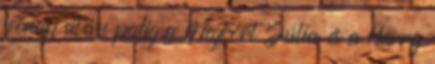
hónap után pedig a Megtört Júlia és a Harry